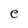
Character: e